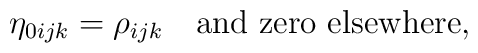
\eta_{0ijk} = \rho_{ijk} \quad \mbox{and zero elsewhere},